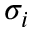
\sigma _ { i }